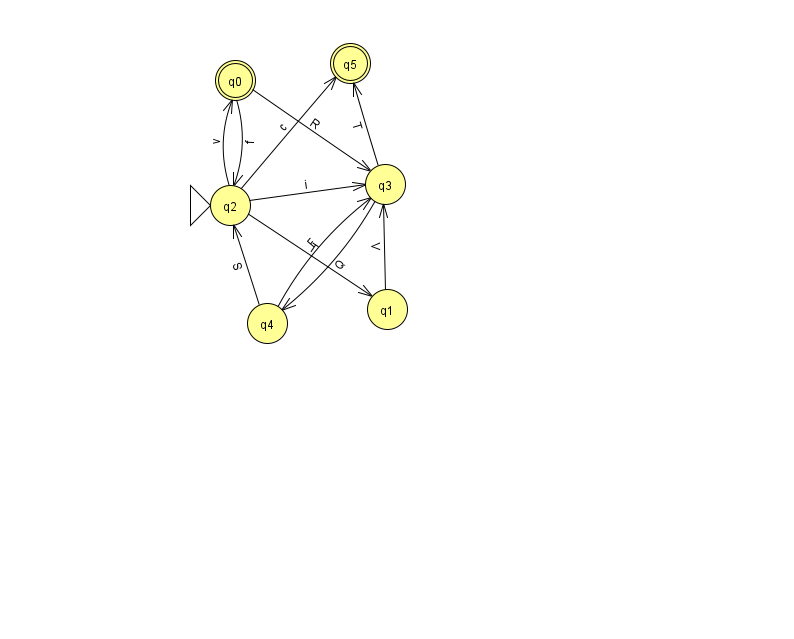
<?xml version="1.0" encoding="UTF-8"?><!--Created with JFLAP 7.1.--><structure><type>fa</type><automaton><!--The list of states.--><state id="0" name="q0"><x>235.0</x><y>67.0</y><final/></state><state id="1" name="q1"><x>387.0</x><y>296.0</y></state><state id="2" name="q2"><x>230.0</x><y>192.0</y><initial/></state><state id="3" name="q3"><x>385.0</x><y>171.0</y></state><state id="4" name="q4"><x>267.0</x><y>310.0</y></state><state id="5" name="q5"><x>350.0</x><y>50.0</y><final/></state><!--The list of transitions.--><transition><from>0</from><to>2</to><read>f</read></transition><transition><from>2</from><to>0</to><read>v</read></transition><transition><from>2</from><to>5</to><read>c</read></transition><transition><from>3</from><to>4</to><read>Q</read></transition><transition><from>1</from><to>3</to><read>V</read></transition><transition><from>2</from><to>3</to><read>i</read></transition><transition><from>4</from><to>3</to><read>F</read></transition><transition><from>0</from><to>3</to><read>R</read></transition><transition><from>3</from><to>5</to><read>T</read></transition><transition><from>2</from><to>1</to><read>T</read></transition><transition><from>4</from><to>2</to><read>S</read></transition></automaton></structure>